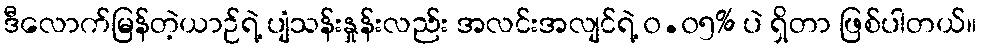
ဒီလောက်မြန်တဲ့ယာဉ်ရဲ့ ပျံသန်းနှုန်းလည်း အလင်းအလျင်ရဲ့ ၀.၀၅% ပဲ ရှိတာ ဖြစ်ပါတယ်။